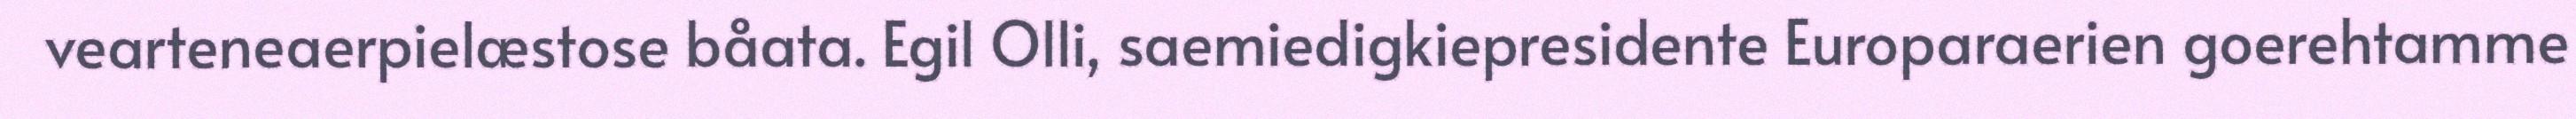
vearteneaerpielæstose båata. Egil Olli, saemiedigkiepresidente Europaraerien goerehtamme